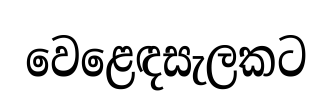
වෙළෙඳසැලකට